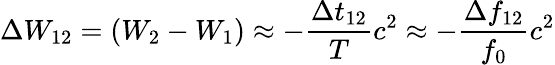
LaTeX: \Delta W_{12}=\left(W_{2}-W_{1}\right)\approx-\frac{\Delta t_{12}}{T}c^{2}\approx-\frac{\Delta f_{12}}{f_{0}}c^{2}